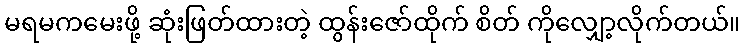
မရမကမေးဖို့ ဆုံးဖြတ်ထားတဲ့ ထွန်းဇော်ထိုက် စိတ် ကိုလျှော့လိုက်တယ်။